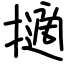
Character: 擿